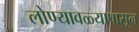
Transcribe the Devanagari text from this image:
लोण्यावळ्यापासून